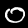
Label: 0